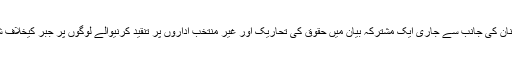
سول سوسائٹی اور میڈیا کے کارکنان کی جانب سے جاری ایک مشترکہ بیان میں حقوق کی تحاریک اور غیر منتخب اداروں پر تنقید کرنیوالے لوگوں پر جبر کیخلاف شدید تحفظات کا اظہار کیا گیا ہے۔